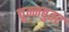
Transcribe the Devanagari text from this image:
चुन्नबुतर